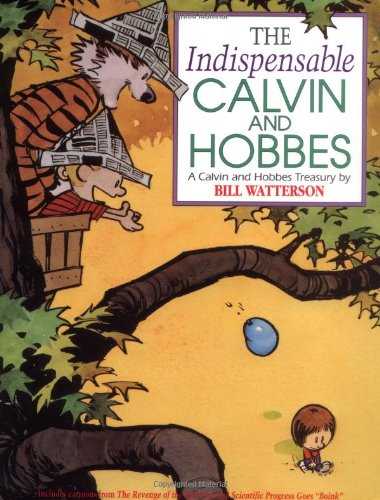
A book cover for The Indispensable Calvin and Hobbes: A Calvin and Hobbes Treasury; Bill Watterson; Comics & Graphic Novels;